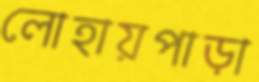
লোহায়পাড়া